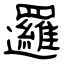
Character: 邏